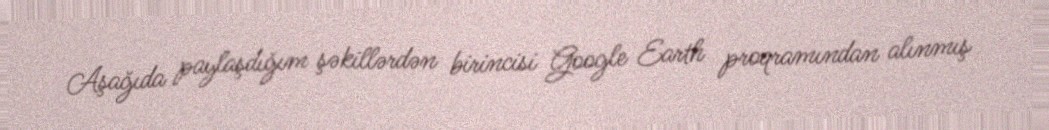
Aşağıda paylaşdığım şəkillərdən birincisi Google Earth proqramından alınmış